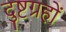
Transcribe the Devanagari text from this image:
दुष्टग्रहों